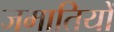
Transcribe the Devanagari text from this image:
जमातियों